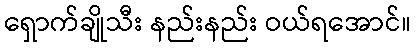
ရှောက်ချိုသီး နည်းနည်း ဝယ်ရအောင်။